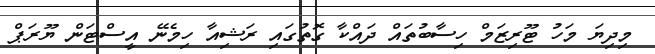
މިދިޔަ މަހު ޓޫރިޒަމް ހިސާބުތައް ދައްކާ ގޮތުގައި ރަޝިއާ ހިމެނޭ އީސްޓަން ޔޫރަޕް